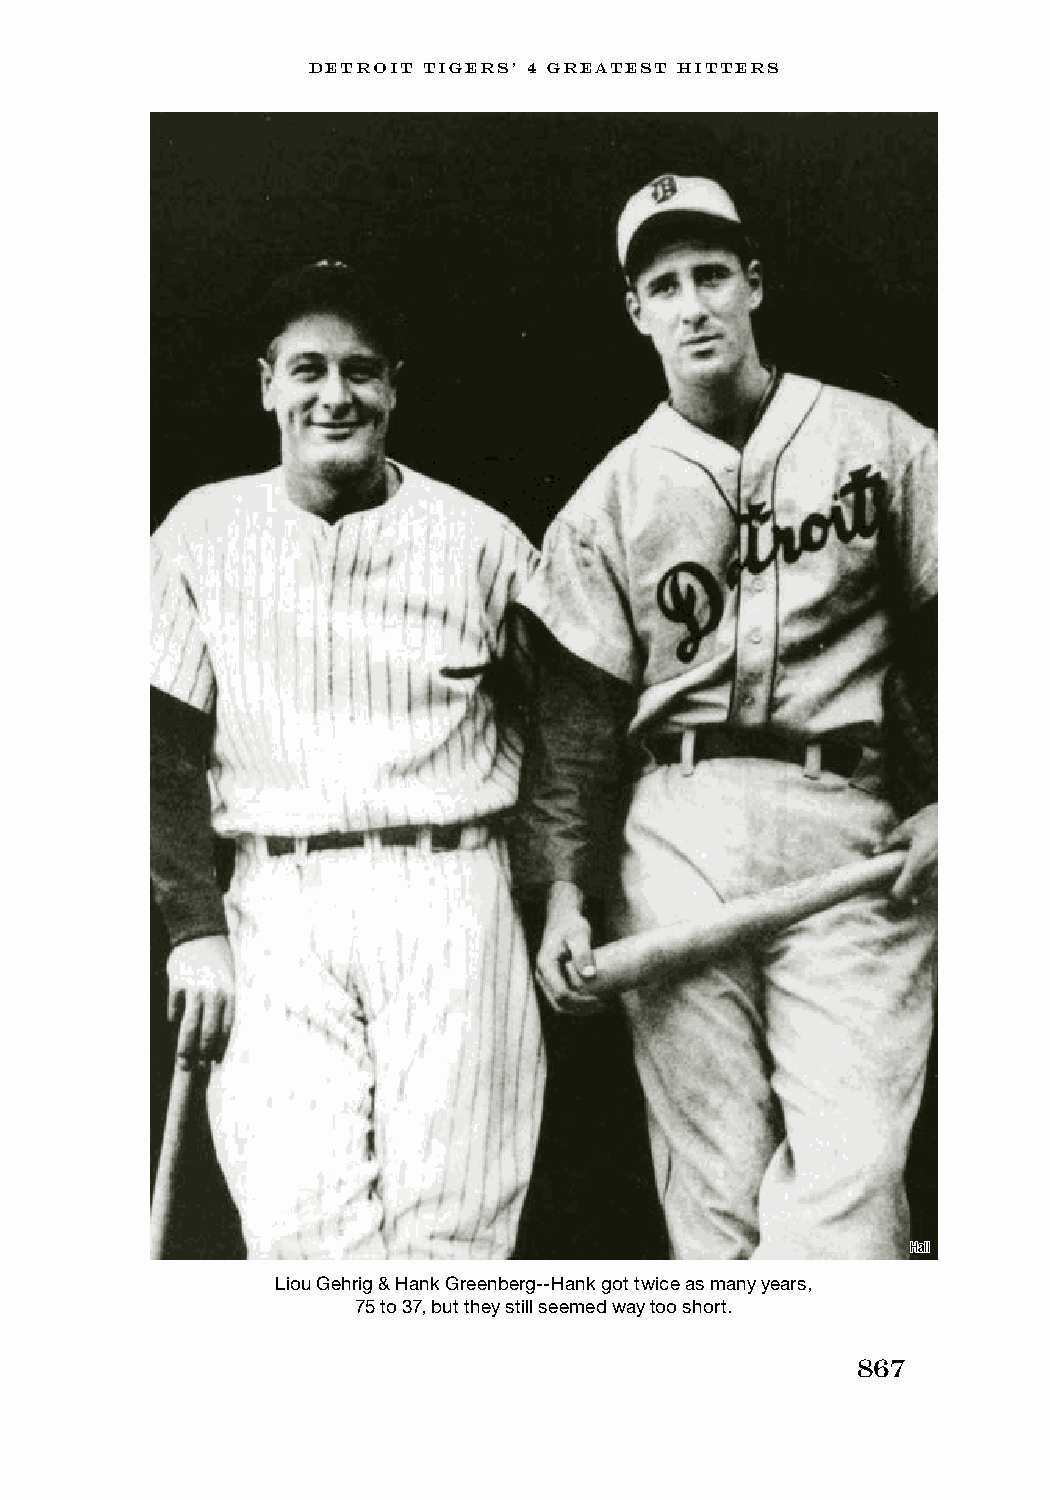
DETROIT TIGERS’ 4 GREATEST HITTERS
 Hall
 Liou Gehrig & Hank Greenberg--Hank got twice as many years,
 75 to 37, but they still seemed way too short.
 867